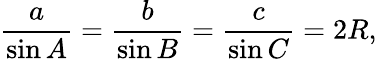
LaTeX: {\frac{a}{\sin A}}={\frac{b}{\sin B}}={\frac{c}{\sin C}}=2R,